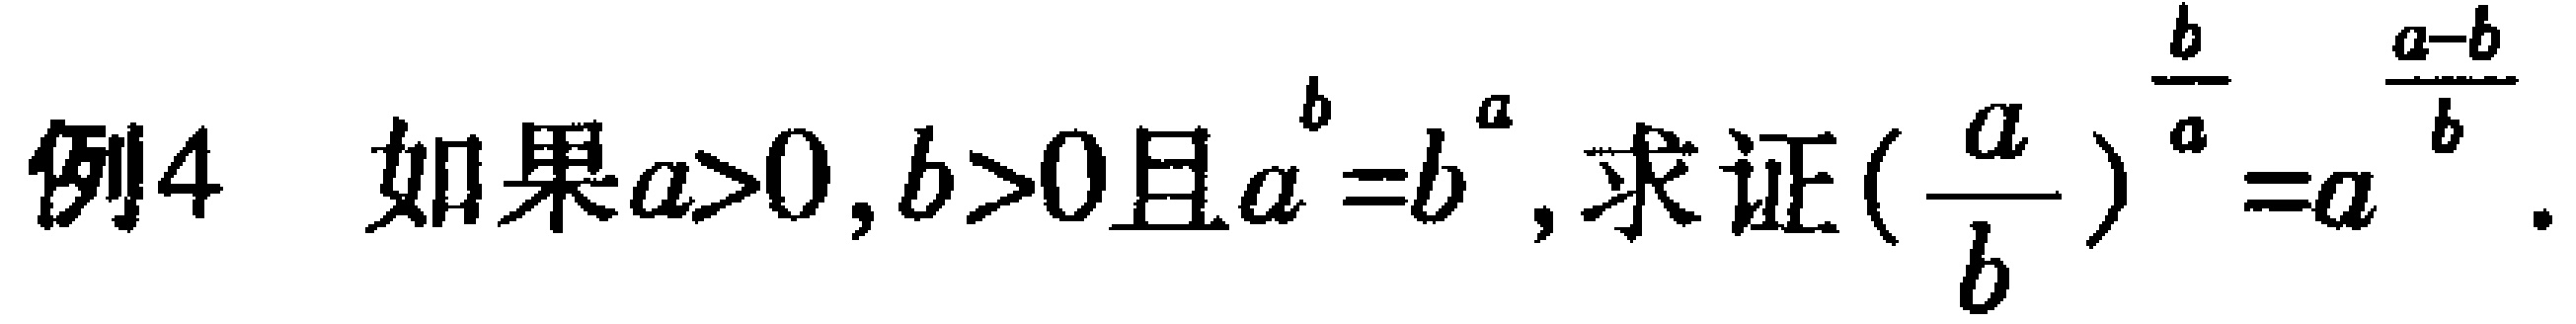
例4 如果\(a>0,b>0\)且\(a^{b}=b^{a}\), 求证\((\frac{a}{b})^{\frac{b}{a}}=a^{\frac{a - b}{b}}\).